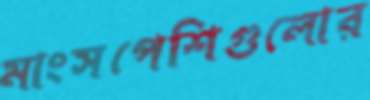
মাংসপেশিগুলোর